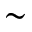
\sim